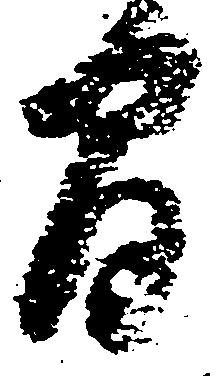
間